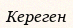
Кереген